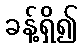
ခန့်ရှိ၍